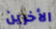
الأخرين